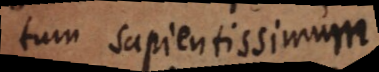
m sapientissimum,